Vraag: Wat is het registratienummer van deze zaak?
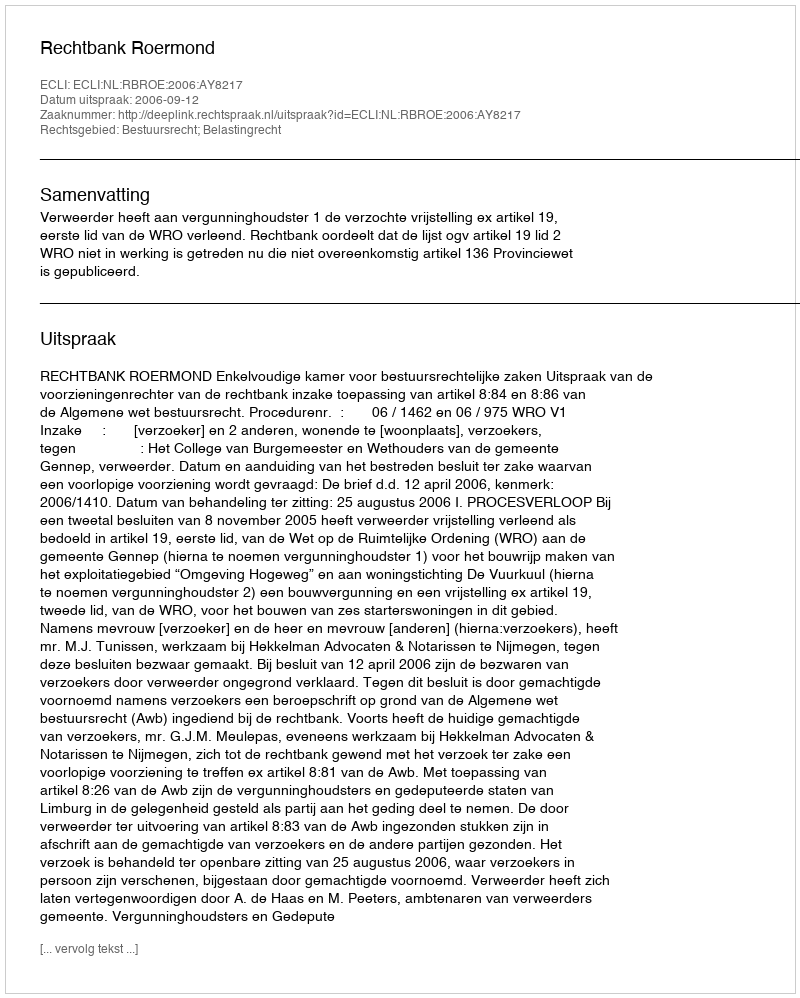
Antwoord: http://deeplink.rechtspraak.nl/uitspraak?id=ECLI:NL:RBROE:2006:AY8217